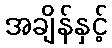
အချိန်နှင့်